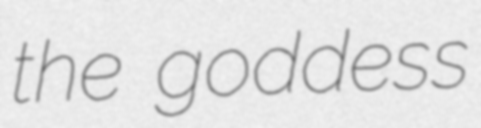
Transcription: the goddess